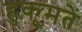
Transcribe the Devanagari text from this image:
हुकूमतें